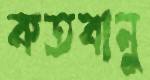
কতবানু